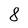
Character: 8